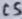
Text: C5